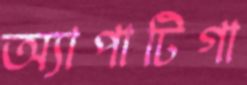
অ্যাপাটিগা